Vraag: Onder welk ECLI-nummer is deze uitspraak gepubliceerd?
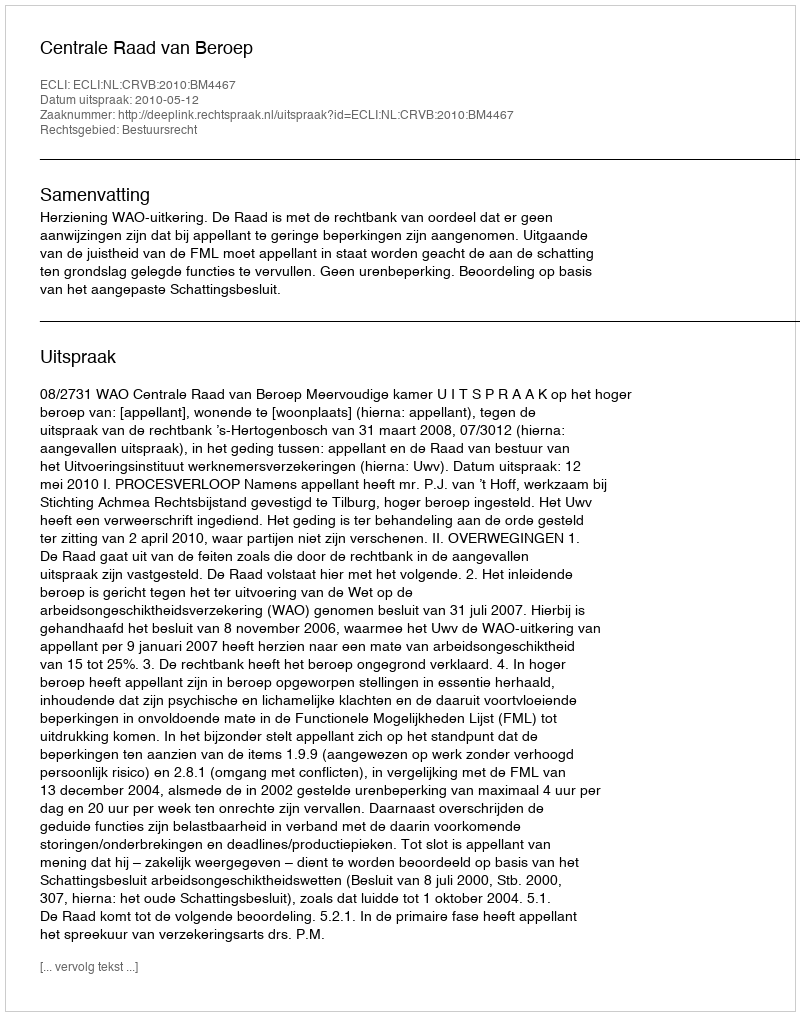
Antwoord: ECLI:NL:CRVB:2010:BM4467